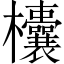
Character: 欜